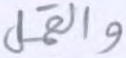
والقمل